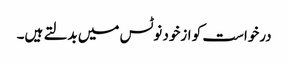
درخواست کو ازخود نوٹس میں بدلتے ہیں۔